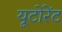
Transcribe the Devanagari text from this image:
यूटोरेंट